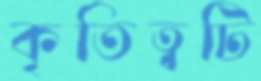
কৃতিত্বটি